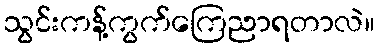
သွင်းကန့်ကွက်ကြေညာရတာလဲ။